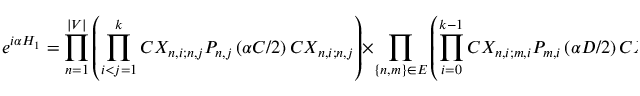
e ^ { i \alpha H _ { 1 } } = \prod _ { n = 1 } ^ { | V | } \left( \prod _ { i < j = 1 } ^ { k } C X _ { n , i ; n , j } P _ { n , j } \left( \alpha C / 2 \right) C X _ { n , i ; n , j } \right) \times \prod _ { \{ n , m \} \in E } \left( \prod _ { i = 0 } ^ { k - 1 } C X _ { n , i ; m , i } P _ { m , i } \left( \alpha D / 2 \right) C X _ { n , i ; m , i } \right) ,